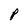
Character: p